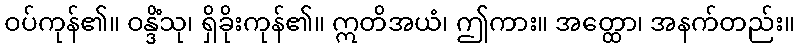
ဝပ်ကုန်၏။ ဝန္ဒိံသု၊ ရှိခိုးကုန်၏။ ဣတိအယံ၊ ဤကား။ အတ္ထော၊ အနက်တည်း။